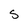
Character: s